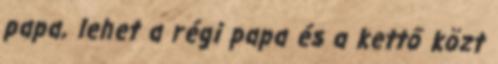
papa, lehet a régi papa és a kettő közt